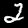
Label: 2